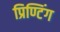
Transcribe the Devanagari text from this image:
प्रिण्टिंग